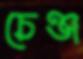
চেঞ্জ